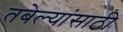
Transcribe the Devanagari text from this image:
तबेल्यांसाठी